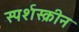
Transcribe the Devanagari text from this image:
स्पर्शस्क्रीन